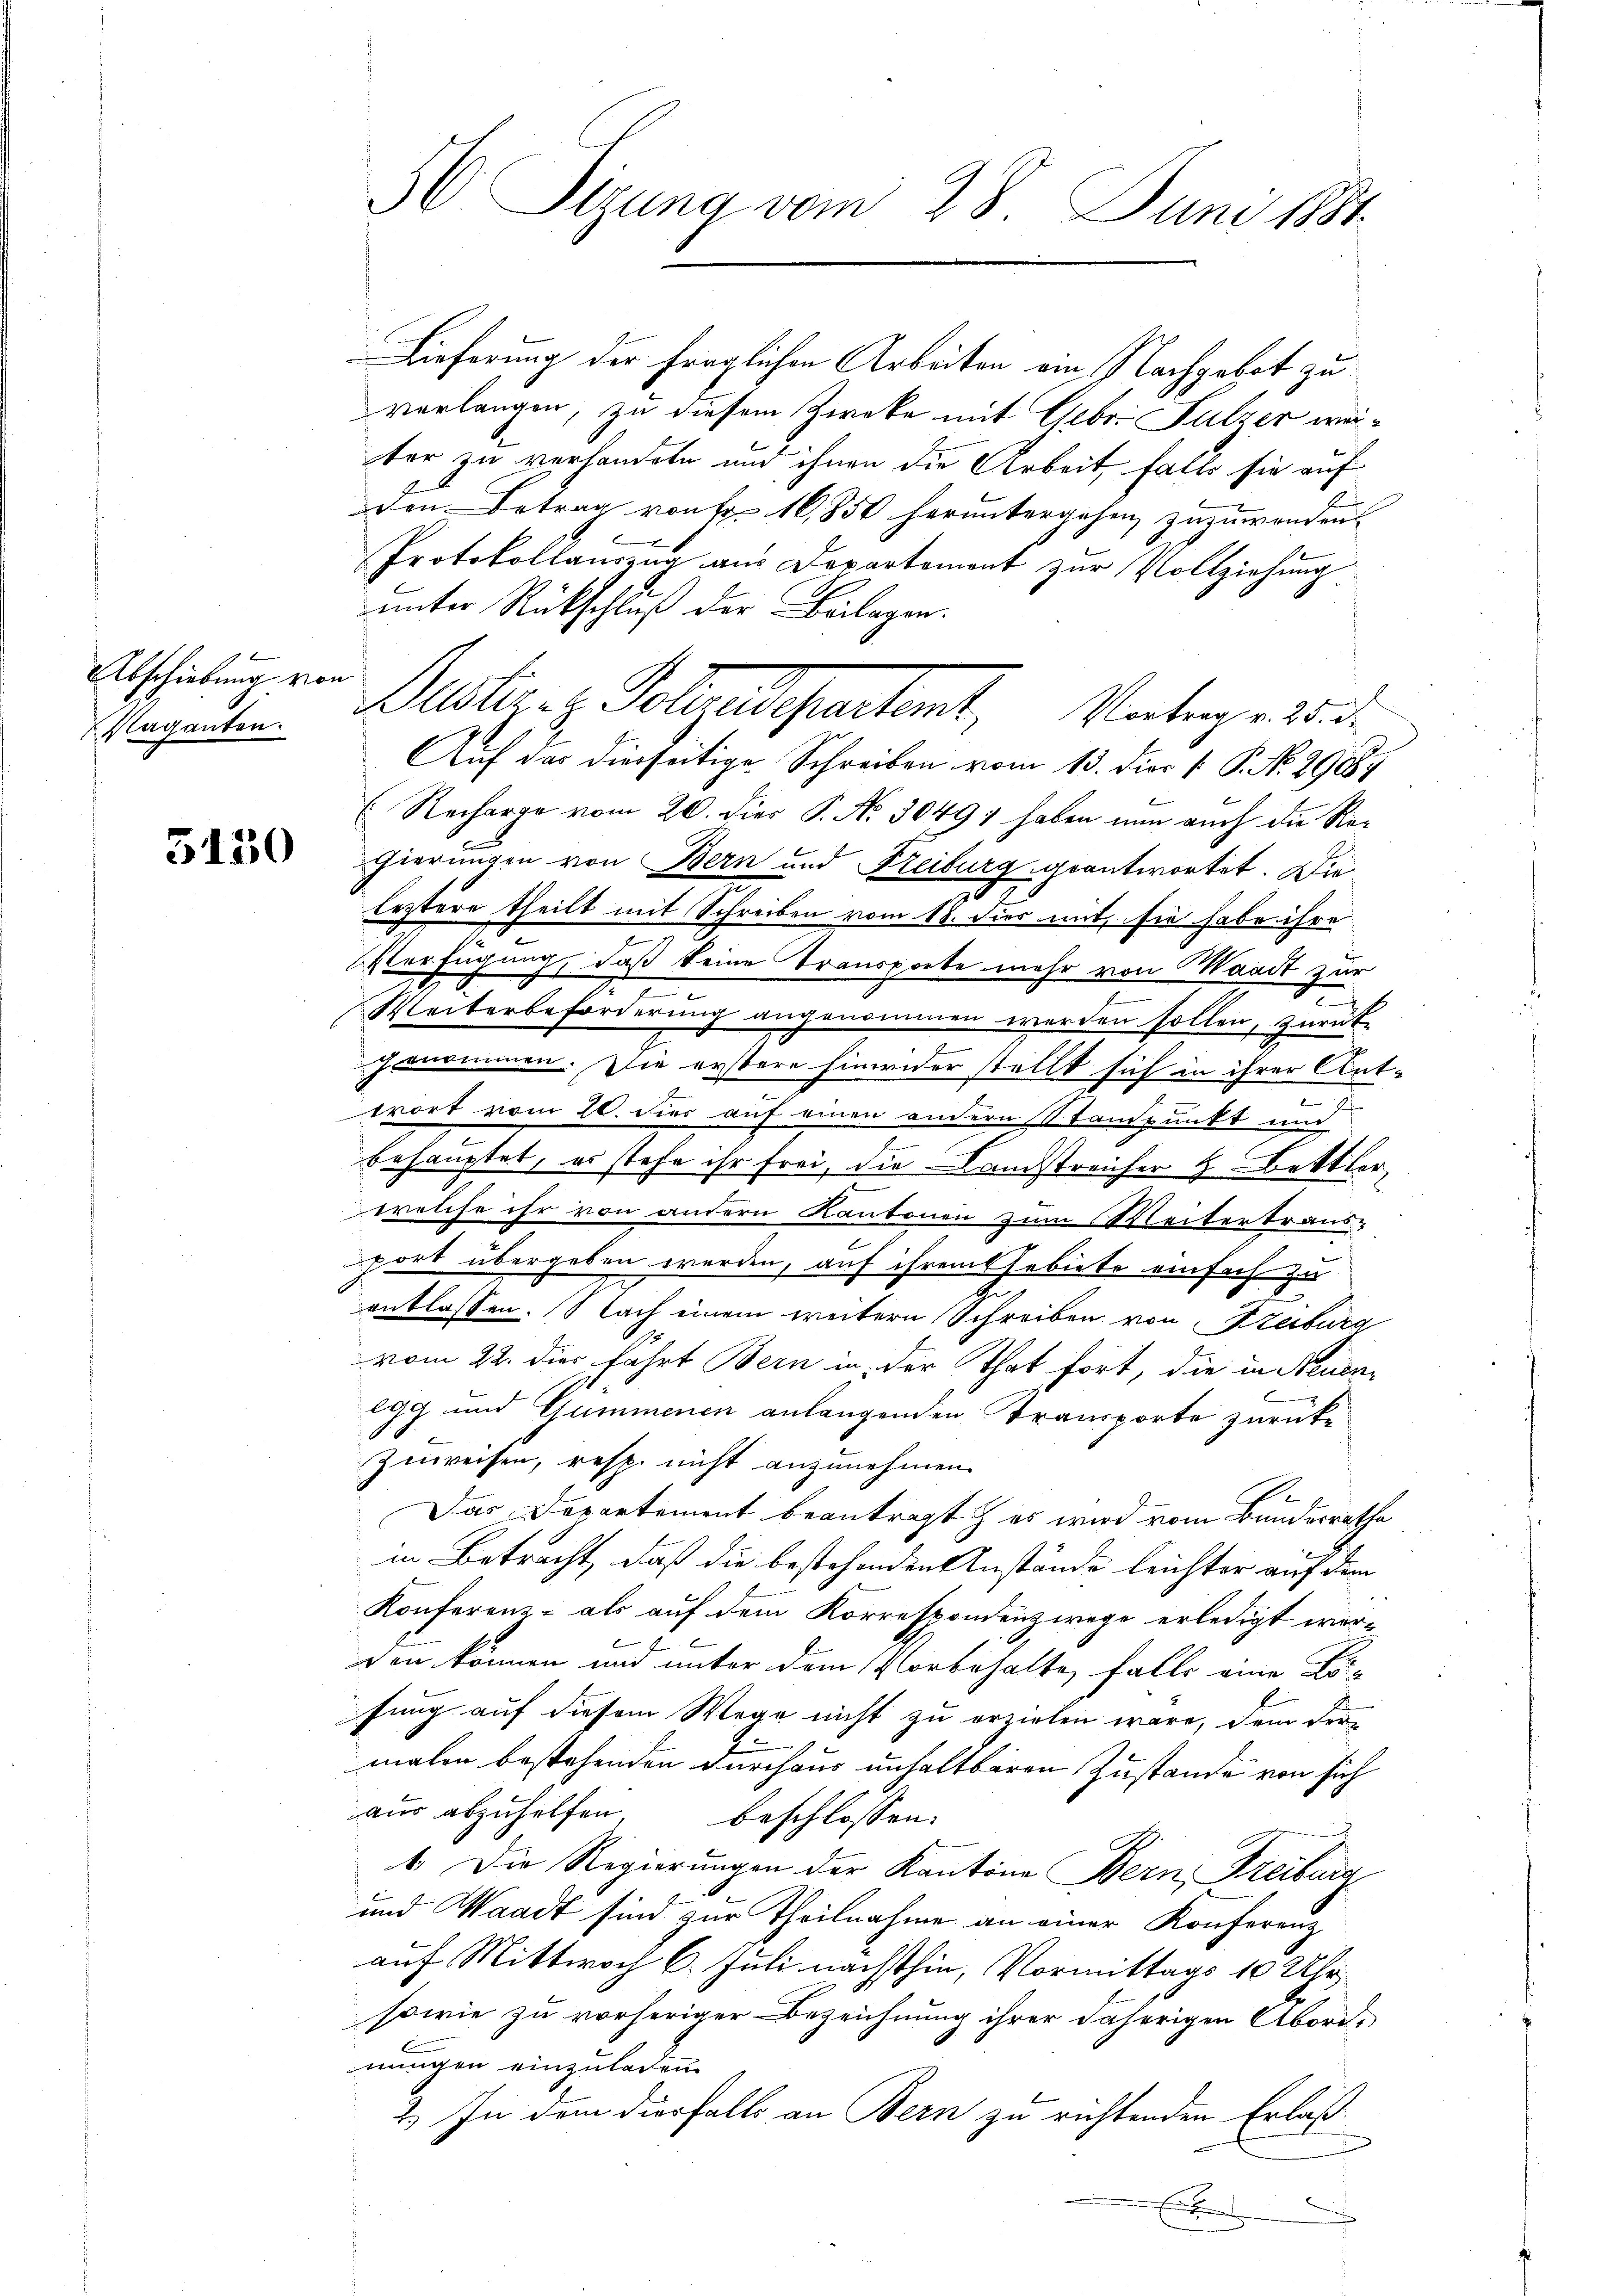
Abschiebung von
Vaganten.

5150

56 Sizung vom 28. Juni 1884.

Lieferung der fraglichen Arbeiten ein Nachgebot zu
verlangen, zu diesem Zwecke mit Gebr. Sulzer weter zu verhandern und ihnen die Arbeit falls sie auf
den Betrag von Fr. 16,850 heruntergehen zuzuwenden
Protokollauszug aus Departement zur Vollziehung
unter Rückschluß der Beilagen.
Auf das dierseitige Schreiben vom 13. dies v. P. No. 29884
Recharge vom 20. dies P. Nr. 30497 haben nun auch die Regierungen von Bern und Freiburg geantwortet. Die
leztere theilt mit Schreiben vom 18. dies mit, sie habe ihre
7
Iterfügung, daß keine Transporte mehr von Waadt zur
e
c
Weiterbeforderung angenommen werden sollen, zurück-
genommen. Die erstere hinwider stellt sich in ihrer Ant-
.
wrort vom 20. dies auf einen andern Standpunkt und
behauptet, es stehe ihr frei, die Landstreicher & Bettler,
welche ihr von andern Kantonen zum Weitertraus-
port übergeben werden, auf ihrem Gebiete einfach zu
entlassen. Nach einem weitern Schreiben von Steiburg
vom 22. dies fährt Bern in der That fort, die in Neuen¬
99 und Gummenen anlangenden Transporte zurücke
Zuweisen, resp. nicht anzunehmen.
Das Departement beantragt es wird vom Bunderrathe
in Betracht, daß die bestehenden Anstände leichter auf dem
Konferenz - als auf dem Korrespondenzwege erledigt worx
den können und unter dem Vorbehalte, falls eine Los-
sung auf diesem Wege nicht zu erzielen wäre, dem Ver-
malen bestehenden durchaus unhaltbaren Zustande von sich
aus abzuhelfen, beschlossen:
b. Die Regierungen der Kantone Bern, Freiburg
und Waadt sind zur Theilnahme an einer Konferenz
auf Mittwoch 6. Juli nächsthin, Vormittags 10 Uhr
sowie zu vorheriger Bezeichnung ihrer daherigen Abord-
nungen einzuladen.
2.) In dem diesfalls an Bern zu richtenden Erlaß
x
E

Wester, z. Pollaudepartant, Vertrage